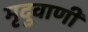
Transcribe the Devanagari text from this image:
मृदुवाणी